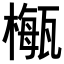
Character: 𣛏